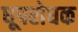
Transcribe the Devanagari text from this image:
धूपरोधक